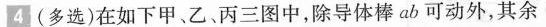
4(多选)在如下甲、乙、丙三图中，除导体棒ab可动外，其余